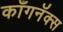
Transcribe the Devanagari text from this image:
काँगनॅक्स